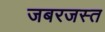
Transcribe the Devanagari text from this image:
जबरजस्त